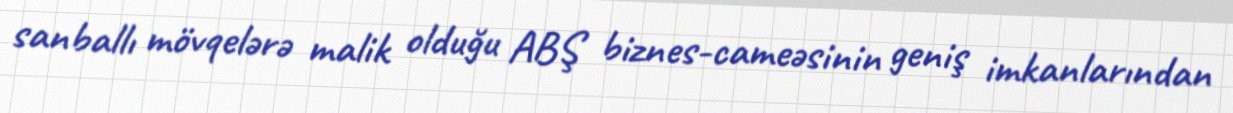
sanballı mövqelərə malik olduğu ABŞ biznes-cameəsinin geniş imkanlarından